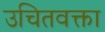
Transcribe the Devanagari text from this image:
उचितवक्ता